Vaccination in Bombay 1856-1862 - 1856-1862
Year: 1856
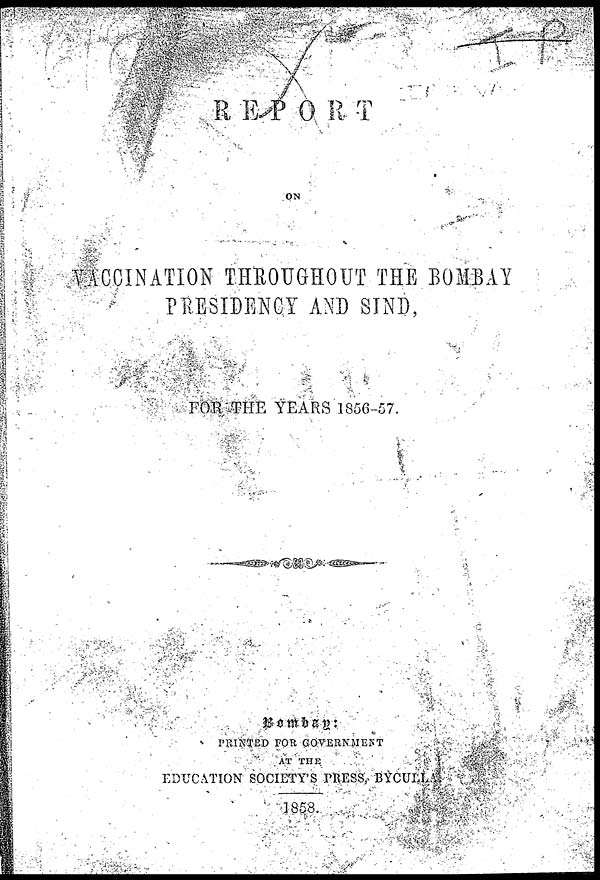
REPORT
ON
VACCINATION THROUGHOUT THE BOMBAY
PRESIDENCY AND SIND,
FOR THE YEARS 1856-57.
Bombay:
PRINTED FOR GOVERNMENT
AT THE
EDUCATION SOCIETY'S PRESS, BYCULLA
1858